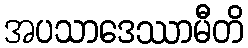
အပသာဒေဿာမီတိ